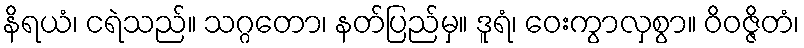
နိရယံ၊ ငရဲသည်။ သဂ္ဂတော၊ နတ်ပြည်မှ။ ဒူရံ၊ ဝေးကွာလှစွာ။ ဝိဝဇ္ဇိတံ၊